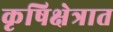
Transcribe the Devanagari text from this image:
कृषिक्षेत्रात